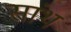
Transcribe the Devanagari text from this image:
सांथ